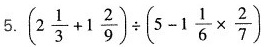
5.$$(2 \frac{1}{3}+1 \frac{2}{9})\div (5-1 \frac{1}{6}\times \frac{2}{7}$$